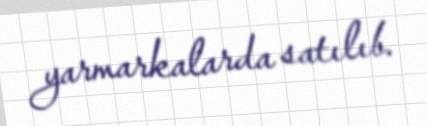
yarmarkalarda satılıb.